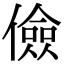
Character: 儉